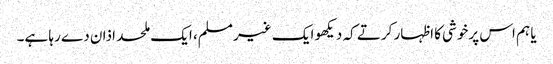
یا ہم اس پرخوشی کا اظہار کرتے کہ دیکھو ایک غیر مسلم، ایک ملحد اذان دے رہا ہے۔